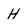
Character: H